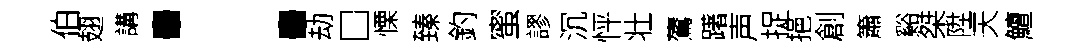
伯翅講：劫□慄臻釣蜜謬沉怦壮鷟躇声捉挹創簫谿桀陞天鱣